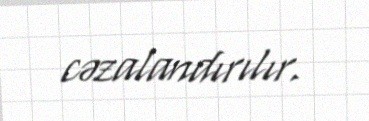
cəzalandırılır.